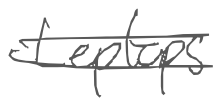
Text: Leptops
Cross-out: double-line
Writing tool: digital_gray